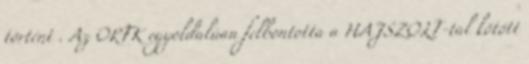
történt . Az ORFK egyoldalúan felbontotta a HAJSZOLT-tal kötött